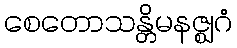
စေတောသန္တိမနဇ္ဈဂံ